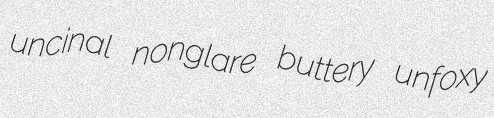
uncinal nonglare buttery unfoxy